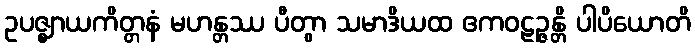
ဥပဇ္ဈာယကိတ္တနံ မဟန္တဿ ပီတွာ သမာဒိယထ ဧကဝဠဉ္ဇန္တိ ပါပိယောတိ